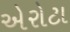
એરોટા